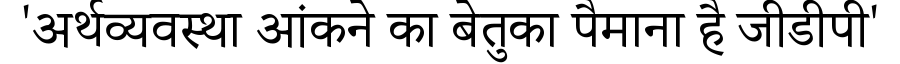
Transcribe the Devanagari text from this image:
'अर्थव्यवस्था आंकने का बेतुका पैमाना है जीडीपी'